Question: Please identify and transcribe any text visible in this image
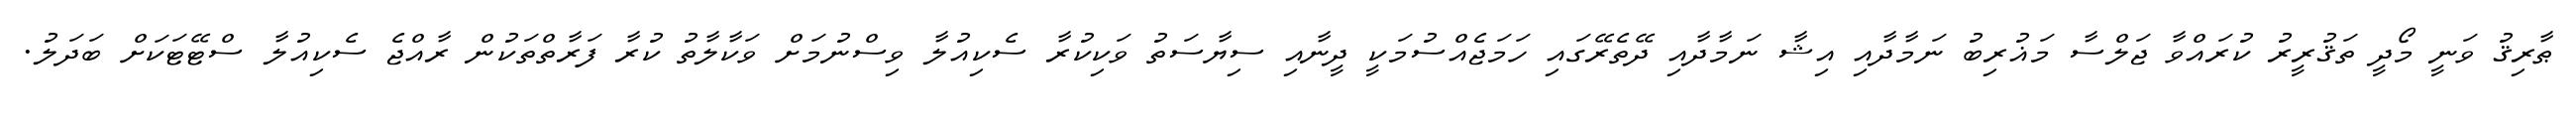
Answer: ޠާރިޤު ވަނީ މޯދީ ތަޤުރީރު ކުރައްވާ ޖަލްސާ މަޣުރިބު ނަމާދާއި އިޝާ ނަމާދާއި ދޭތެރޭގައި ހަމަޖެއްސުމަކީ ދީނާއި ސިޔާސަތު ވަކިކުރާ ސެކިއުލާ ވިސްނުމަށް ވަކާލާތު ކުރާ ފަރާތްތަކުން ރާއްޖެ ސެކިއުލާ ސްޓޭޓަކަށް ބަދަލު.